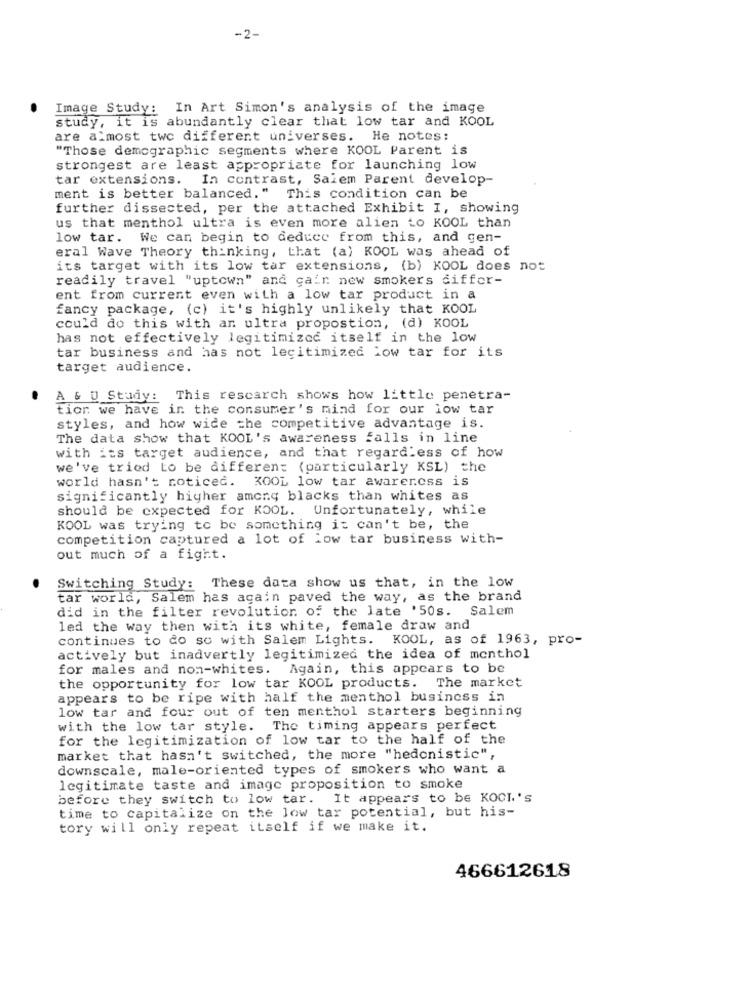
-2-
Image Study: In Art Simon's analysis of the image
study, it is abundantly clear that low tar and KOOL
are almost two different universes. He notes:
"Those demographic segments where KOOL Parent is
strongest are least appropriate for launching low
tar extensions. In contrast, Saiem Parent develop-
ment is better balanced." This condition can be
further dissected, per the attached Exhibit I, showing
us that menthol ultra is even more alien to KOOL than
low tar. We can begin to deduce from this, and gen-
eral Wave Theory thinking, that (a) KOOL was ahead of
its target with its low tar extensions, (b) KOOL does not
readily travel "uptown" and cair new smokers differ-
ent from current even with a low tar product in a
fancy package, (c) it's highly unlikely that KOOL
could do this with an ultra propostion, (d) KOOL
has not effectively legitimized itself in the low
tar business and has not legitimized low tar for its
target audience.
A & U Study: This research shows how little penetra-
tior we have in the consumer's mind for our low tar
styles, and how wide the competitive advantage is.
The data show that KOOL's awareness falls in line
with its target audience, and that regardless of how
we've tried to be differen: (particularly KSL) the
world hasn't noticed. KOOL low tar awareness is
significantly higher among blacks than whites as
should be expected for KOOL. Unfortunately, while
KOOL was trying to be something it can't be, the
competition captured a lot of low tar business with-
out much of a fight.
Switching Study: These data show us that, in the low
tar world, Salem has again paved the way, as the brand
did in the filter revolution of the late '50s. Salem
led the way then with its white, female draw and
continues to do so with Salem Lights. KOOL, as of 1963, pro-
actively but inadvertly legitimized the idea of menthol
for males and non-whites. Again, this appears to be
the opportunity for low tar KOOL products. The market
appears to be ripe with half the menthol business in
low tar and four out of ten menthol starters beginning
with the low tar style. The timing appears perfect
for the legitimization of low tar to the half of the
market that hasn't switched, the more "hedonistic",
downscale, male-oriented types of smokers who want a
legitimate taste and image proposition to smoke
before they switch to low tar. It appears to be KOCH's
time to capitalize on the low tar potential, but his-
tory will only repeat itself if we make it.
466612618